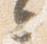
之